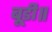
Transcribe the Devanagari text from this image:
बूडी॥